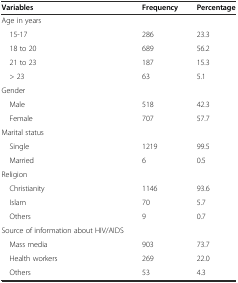
<table><thead><tr><td><b>Variables</b></td><td><b>Frequency</b></td><td><b>Percentage</b></td></tr></thead><tbody><tr><td>Age in years</td><td></td><td></td></tr><tr><td> 15-17</td><td>286</td><td>23.3</td></tr><tr><td> 18 to 20</td><td>689</td><td>56.2</td></tr><tr><td> 21 to 23</td><td>187</td><td>15.3</td></tr><tr><td> &gt; 23</td><td>63</td><td>5.1</td></tr><tr><td>Gender</td><td></td><td></td></tr><tr><td> Male</td><td>518</td><td>42.3</td></tr><tr><td> Female</td><td>707</td><td>57.7</td></tr><tr><td>Marital status</td><td></td><td></td></tr><tr><td> Single</td><td>1219</td><td>99.5</td></tr><tr><td> Married</td><td>6</td><td>0.5</td></tr><tr><td>Religion</td><td></td><td></td></tr><tr><td> Christianity</td><td>1146</td><td>93.6</td></tr><tr><td> Islam</td><td>70</td><td>5.7</td></tr><tr><td> Others</td><td>9</td><td>0.7</td></tr><tr><td>Source of information about HIV/AIDS</td><td></td><td></td></tr><tr><td> Mass media</td><td>903</td><td>73.7</td></tr><tr><td> Health workers</td><td>269</td><td>22.0</td></tr><tr><td> Others</td><td>53</td><td>4.3</td></tr></tbody></table>